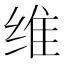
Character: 维